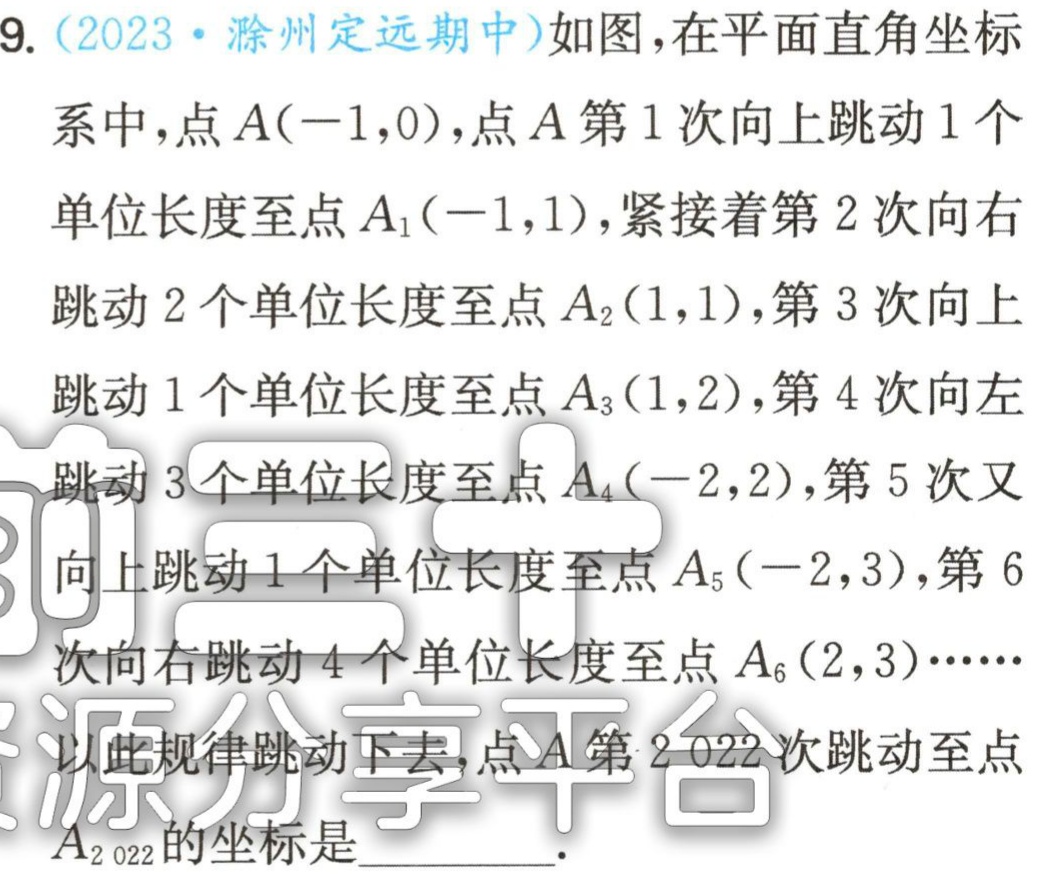
9. (2023·滁州定远期中)如图，在平面直角坐标系中，点\(A(-1,0)\)，点\(A\)第\(1\)次向上跳动\(1\)个单位长度至点\(A_1(-1,1)\)，紧接着第\(2\)次向右跳动\(2\)个单位长度至点\(A_2(1,1)\)，第\(3\)次向上跳动\(1\)个单位长度至点\(A_3(1,2)\)，第\(4\)次向左跳动\(3\)个单位长度至点\(A_4(-2,2)\)，第\(5\)次又向上跳动\(1\)个单位长度至点\(A_5(-2,3)\)，第\(6\)次向右跳动\(4\)个单位长度至点\(A_6(2,3)\cdots\cdots\) 以此规律跳动下去，点\(A\)第\(2 022\)次跳动至点\(A_{2 022}\)的坐标是___.